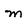
Character: m